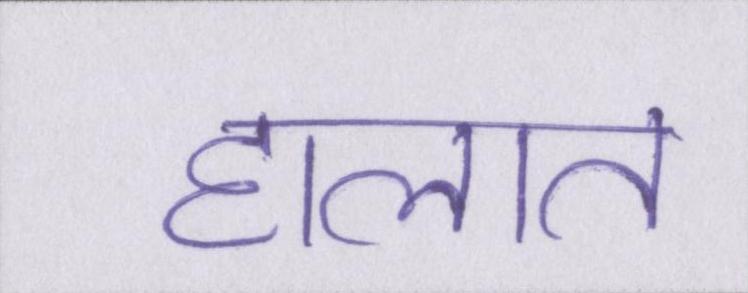
हालात